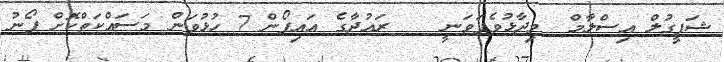
ޝަފީގުލް އިސްލާމް  ވިދާޅުވެފަވަނީ    ރައުދާގެ އައިފޯން 7 ހުޅުވަން މަސައްކަތްކޮށް ފޯނު